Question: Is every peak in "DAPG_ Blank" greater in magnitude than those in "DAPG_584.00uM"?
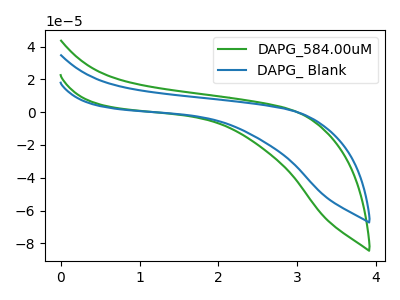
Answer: <think>The green curve "DAPG_584.00uM" has no peaks. The blue curve "DAPG_ Blank" has no peaks.</think>
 <answer>Niether CV has any peaks.</answer>
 <eval>blanks</eval>